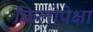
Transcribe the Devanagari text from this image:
किलोपेक्षा